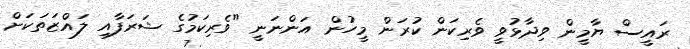
ރައީސް ޔާމީން ވިދާޅުވީ ވެރިކަން ކުރަން މީހުން އަންނަނީ "ވެރިކަމުގެ ޝަރަފާއި ލައްޒަތަކަށް